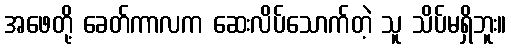
အဖေတို့ ခေတ်ကာလက ဆေးလိပ်သောက်တဲ့ သူ သိပ်မရှိဘူး။